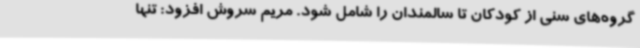
گروه‌های سنی از کودکان تا سالمندان را شامل شود. مریم سروش افزود: تنها